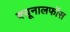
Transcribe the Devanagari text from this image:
क्‍यूनालफॉस